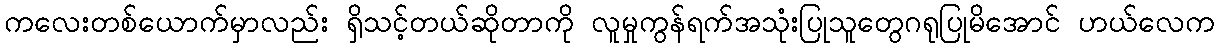
ကလေးတစ်ယောက်မှာလည်း ရှိသင့်တယ်ဆိုတာကို လူမှုကွန်ရက်အသုံးပြုသူတွေဂရုပြုမိအောင် ဟယ်လေက